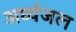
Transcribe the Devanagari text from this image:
अर्घ्यजल